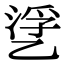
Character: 㐢